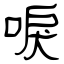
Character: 唳